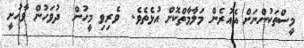
މީސްތަކުންނަށް އެއުރެން މަލާމާތްކޮށް އުޅެތެވެ.  ވެރިވި މީހުން  ދުވަހުން ވާހުށީ